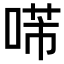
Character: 𠸔